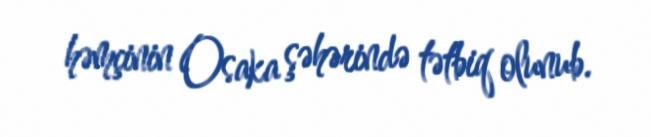
həmçinin Osaka şəhərində tətbiq olunub.